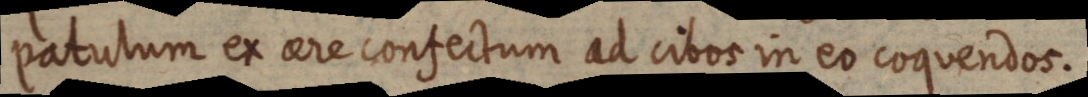
patulum ex aere confectum ad cibos in eo coquendos.